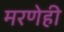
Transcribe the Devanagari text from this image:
मरणेही